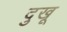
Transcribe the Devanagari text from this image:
दुखू